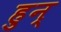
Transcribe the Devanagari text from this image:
हुन्